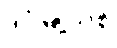
ဒဂုံမြို့သစ်